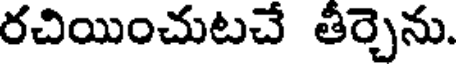
రచియించుటచే తీర్చెను.